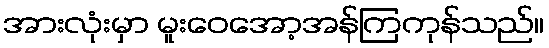
အားလုံးမှာ မူးဝေအော့အန်ကြကုန်သည်။